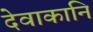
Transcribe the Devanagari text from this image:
देवाकानि